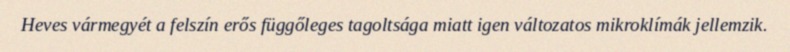
Heves vármegyét a felszín erős függőleges tagoltsága miatt igen változatos mikroklímák jellemzik.